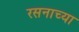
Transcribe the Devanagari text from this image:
रसनाच्या